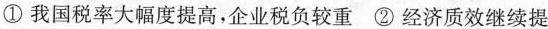
①我国税率大幅度提高，企业税负较重②经济质效继续提